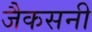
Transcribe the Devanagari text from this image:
जैकसनी